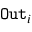
\mathtt { O u t } _ { i }